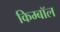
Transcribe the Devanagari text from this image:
किम्बॉल